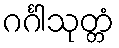
ဂင်္ဂါသုတ္တံ